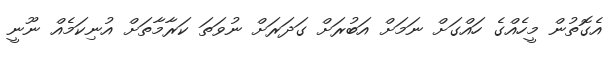
އެގޮތުން މީހެއްގެ ހައްގަށް ނަމަށް އަބުރަށް ގަދަރަށް ނުވަތަ ކަރާމާތަށް އުނިކަމެއް ނޫނީ